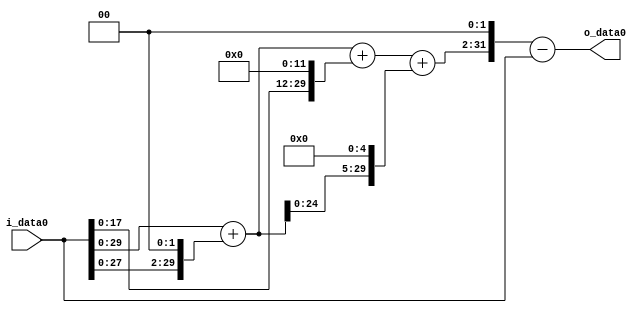
module multiplier_block_7 (
    i_data0,
    o_data0
);
  input   [31:0] i_data0;
  output  [31:0]
    o_data0;
  wire [31:0]
    w1,
    w4,
    w5,
    w4096,
    w4101,
    w160,
    w4261,
    w17044,
    w17043;
  assign w1 = i_data0;
  assign w160 = w5 << 5;
  assign w17043 = w17044 - w1;
  assign w17044 = w4261 << 2;
  assign w4 = w1 << 2;
  assign w4096 = w1 << 12;
  assign w4101 = w5 + w4096;
  assign w4261 = w4101 + w160;
  assign w5 = w1 + w4;
  assign o_data0 = w17043;
endmodule